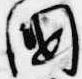
国